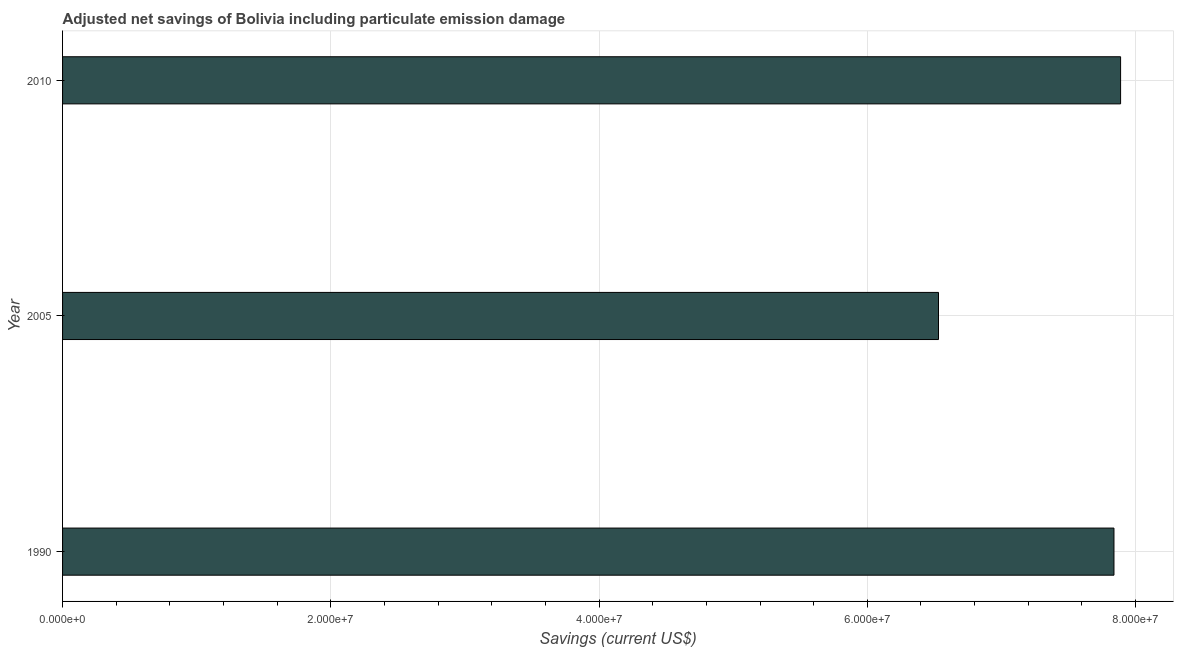
| Year | Adjusted savings: particulate emission damage (current US$) |
 | --- | --- |
 | 1990 | 7.84e+07 |
 | 2005 | 6.53e+07 |
 | 2010 | 7.89e+07 |